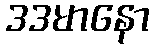
ဒဒမာနော